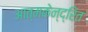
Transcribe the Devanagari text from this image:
आत्मकेन्द्रित